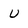
Character: U